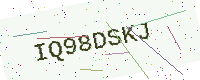
Text: IQ98DSKJ